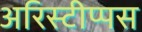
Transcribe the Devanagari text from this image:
अरिस्टीप्पस